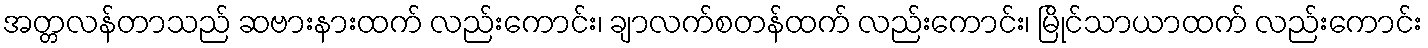
အတ္တလန်တာသည် ဆဗားနားထက် လည်းကောင်း၊ ချာလက်စတန်ထက် လည်းကောင်း၊ မြိုင်သာယာထက် လည်းကောင်း